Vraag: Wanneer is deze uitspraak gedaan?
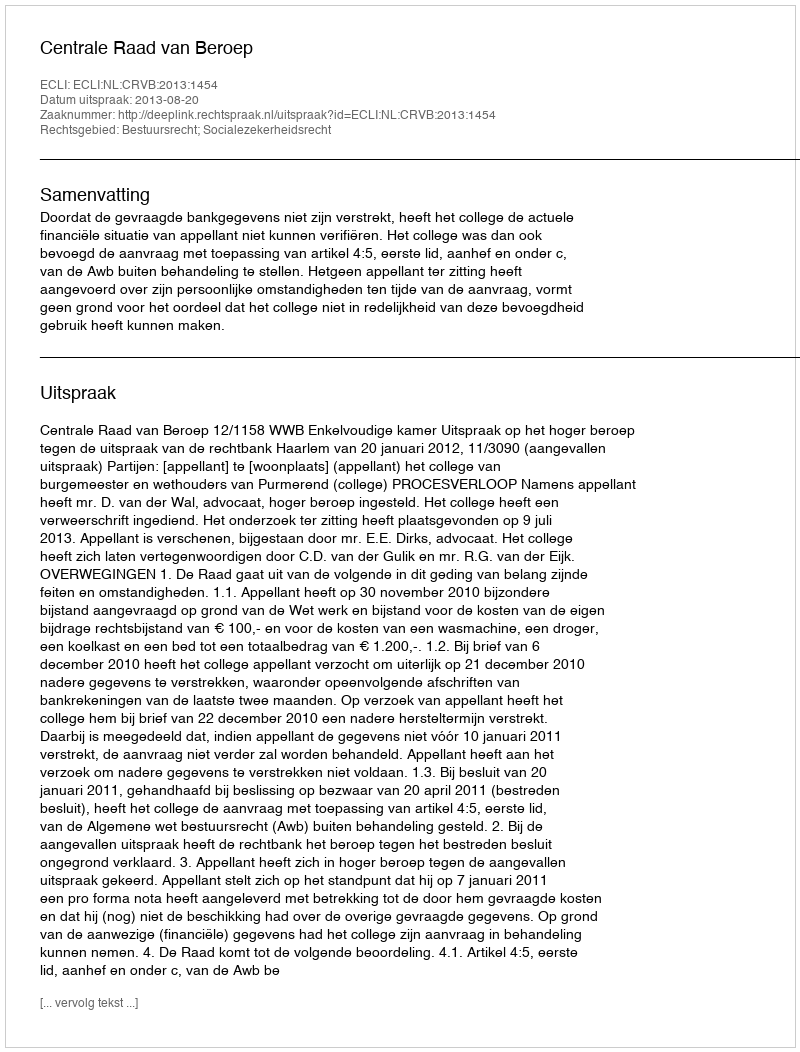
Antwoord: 2013-08-20